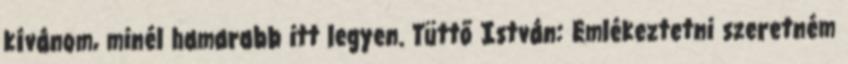
kívánom, minél hamarabb itt legyen. Tüttő István: Emlékeztetni szeretném